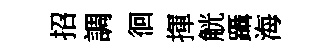
招調徊揮觥躡海